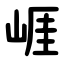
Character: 崕